Vaccination in the Punjab 1897-1904 - 1897-1904
Year: 1897
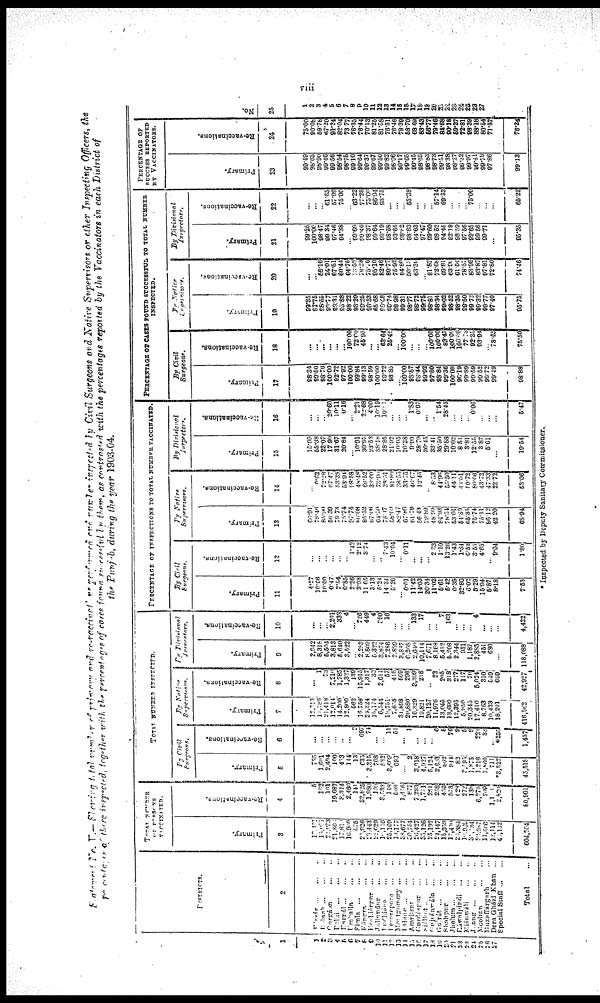
viii
Statement No. V.— Showing total number of primary and re-vaccinations performed and number inspected by Civil Surgeons and Native Supervisors or other Inspecting Officers, the
percentages of these inspected, together with the percentages of cases found successeful by them, as contrasted with the percentages reported by the Vaccinators in each District of
the Punjab, during the year 1903-04.
1
1
2
3
4
5
6
7
8
9
10
11
12
13
14
15
16
17
18
19
20
21
22
23
24
25
26
27
DISTRICTS.
2
Hissár
...
...
...
Rohtak
...
...
...
Gurgáon
...
...
Delhi
...
...
...
Karnál ... ... ...
Umballa
...
...
Simla
...
...
...
Kángra
...
...
Hoshiárpur
...
...
Jullundur
...
...
Ludhiana
...
...
Ferozepore
...
...
Montgomery ... ...
Lahore
...
...
...
Amritsar
...
...
Gurdaspur
...
...
Siálkot
...
...
...
Gujránwála
...
...
Gujrát ... ... ...
Shahpur
...
...
Jhelum
...
...
...
Ráwalpindi
...
...
Mianwáli ... ...
Juang
...
...
...
Mooltan
...
...
Muzaffargarh ...
Dera Gházi Khan ...
Special Staff ...
Total ...
TOTAL NUMBER
OF PERSONS
VACCINATED.
Primary.
3
10,121
15,091
22,283
21,301 17,814
16,990
575
22,926
23,443
22,629
10,116
25,169
18,177
38,677
30,754
26,427
35,126
25,192
24,147
15,359
17,430
26,384
10,909
30,134
22,987
11,666
12,114
40,132
604,204
Re-vaccinations.
4
5
162
101
19,687
3,344
2,460
141
32,825
1,980
100
3,533
148
508
1,476
877
7,283
1,751
251
258
450
573
628
272
138
6,575
709
3,10
2,820
60,901
TOTAL NUMBER INSPECTED.
By Civil
Primary.
5
765
1,601
2,404
100
453
144
13
635
3,315
708
532
3,609
693
... 2
3,018
4,927
5,124
2,633
862
944
82
3,795
1.875
1,216
1,860
711
*3,527
45,518
Re-vaccinations.
6
...
...
...
...
...
...
2
697
74
...
...
11
51
...
1
...
...
...
6 5
76
9
5
9
223
33
... *255
1,457
By Native
Supervisors.
Primary.
7
12,313
11,686
21,418
12,014
14,200
12,800
562
10,758
24,324
15,174
6,544
19,751
7,655
31,898
20,880
16,329
19,821
20,127
11,976
13,045
13,690
12,395
5,950
20,345
17,410
8,763
10,433
18,201
416,502
Re-vaccinations.
8
...
1
73
7,210
1,785
l,327
139
15,915
1,317
33
2,611
57
416
569
296
3,399
218
..
23
205
318
277
117
70
5,024
310
549
669
42,027
By
Divisional
Inspectors.
Primary.
9
2,042
8,318
5,504
3,813
5,640
3,522
... 2,293
8,609
5,322
3,874
7,286
2,839
3,887
6,268
2,640
10,114
7,671
8,168
6,452
5,208
2,344
931
1,187
2,885
451
680
...
118,088
Re-vaccinations.
10
...
...
... 2,204
338
4
... 726
449
4
360
16
... ...
... 133
17
...
... 7
163
...
...
... 4
...
...
...
4,422
PERCENTAGE OF INSPECTIONS TO TOTAL NUMBER VACCINATED.
By Civil
Surgeons.
Primary.
11
4.27
10.66
10.00
0.47
2.54
0.85
2.26
3.03
11.65
3.13
5.24
14.34
5.26
... 0.01
11.43
14.03
20.34
11.02
5.61
5.42
0.35
32.86
6.02
5.29
15.4
5.87
8.18
7.63
Re-vaccinations.
12
...
...
...
...
...
... 1.42
2.12
3.74
...
... 7.43
10.04
... 0.11
... ...
... 2.33
1.10
13.26
1.43
1.84
6.52
3.55
4.65
... 9.04
1.80
By Native
Supervisors.
Primary.
13
66.91
78.46
85.90
56.39
70.73
75.74
97.74
80.08
85.52
67.06
64.50
78.17
58.69
82.47
67.89
61.79
66.43
79.89
48.99
84.93
78.54
53.01
54.39
65.35
75.74
75.11
86.12
42.20
68.94
Re-vaccinations.
14
...
0.62
72.28
67.47
53.38
53.94
98.58
48.48
66.52
33.00
73.90
38.51
81.89
38.55
33.75
46.67
12.45
... 8.53
44.96
55.50
44.11
43.01
60.72
80.66
43.72
47.33
23.72
53.06
By
Divisional
Inspectors.
Primary.
15
15.99
55.38
22.07
17.90
31.67
20.84
... 10.91
30.92
23.53
38.18
28.95
21.92
10.05
20.38
9.99
28.79
30.45
33.41
35.50
29.88
10.02
8.51
3.81
12.55
3.87
5.01
...
19.54
Re-vaccinations.
16
...
...
... 20.60
10.11
0.16
... 2.21
22.68
4.00
10.19
10.11
...
...
... 1.83
0.07
...
... 1.54
28.45
...
...
... 0.06
...
...
...
5.47
PERCENTAGE OF CASES FOUND SUCCESSFUL TO TOTAL NUMBER
INSPECTED.
By Civil
Surgeons.
Primary.
17
98.34
99.50
98.70
100.00
82.72
97.92
100.00
99.84
99.13
98.59
100.00
99.72
98.85
... 100.00
98.87
98.44
99.92
97.80
99.84
99.36
100.00
96.19
99.89
99.59
99.52
99.72
99.49
98.88
Re-vaccinations.
18
...
...
...
...
...
... 100.00
72.60
45.95
...
... 63.64
25.49
... 100.00
...
...
... 100.00
100.00
89.47
100.00
100.00
77.78
92.38
03.94
... 78.48
75.50
By Native
Supervisors.
Primary.
19
99.35
92.75
98.55
99.77
83.31
95.88
98.22
98.20
99.25
98.33
65.68
99.48
99.74
98.98
99.31
98.77
98.72
99.75
98.81
98.34
99.02
98.52
98.35
09.50
99.72
99.32
99.77
97.40
95.75
Re-vaccinations.
20
...
... 56.16
24.01
67.61
60.44
64.75
73.08
79.20
75.76
95.10
82.46
80.77
75.92
84.80
50.13
63.30
... 81.82
72.68
69.81
63.90
61.54
78.57
83.96
83.87
97.81
72.80
74.46
By
Divisional
Inspectors.
Primary.
21
99.25
100.00
98.47
99.34
97.46
94.38
... 99.69
90.46
98.37
99.64
99.19
98.58
93.65
98.82
98.83
64.63
97.47
99.60
93.52
94.45
92.19
98.50
97.56
99.65
99.66
99.71
...
95.35
Re-vaccinations.
22
...
...
... 61.65
57.99
75.00
... 63.22
77.28
75.00
86.94
93.75
...
...
... 53.38
...
...
... 57.14
69.33
...
...
... 75.00
...
...
...
65.22
PERCENTAGE OF
SUCCESS REPORTED
BY VACCINATORS.
Primary.
23
99.49
98.63
98.90
99.46
99.56
98.54
98.75
99.10
99.64
99.37
99.67
99.50
99.82
98.96
99.17
99.65
99.45
98.65
98.83
98.73
99.51
98.38
98.27
99.32
99.97
99.41
99.70
97.86
99.13
Re-vaccinations.
24
75.00
90.08
59.78
67.20
91.24
82.04
73.77
76.35
76.44
70.13
81.25
81.58
76.51
76.46
78.39
58.70
68.69
83.43
56.77
79.46
84.68
90.18
59.27
72.81
98.38
88.18
80.54
71.57
76.24
No.
25
1
2
3
4
5
6
7
8
9
10
11
12
13
14
15
16
17
18
19 20
21 22
23
24
25
26
27
* Inspected by Deputy Sanitary Commissioner.